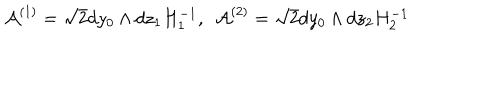
{ \cal A } ^ { ( 1 ) } = \sqrt { 2 } d y _ { 0 } \wedge d z _ { 1 } H _ { 1 } ^ { - 1 } , ~ ~ { \cal A } ^ { ( 2 ) } = \sqrt { 2 } d y _ { 0 } \wedge d z _ { 2 } H _ { 2 } ^ { - 1 }